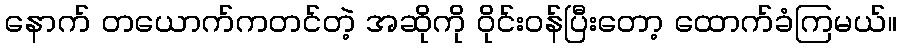
နောက် တယောက်ကတင်တဲ့ အဆိုကို ဝိုင်းဝန်ပြီးတော့ ထောက်ခံကြမယ်။